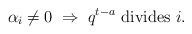
LaTeX: \begin{align*}\alpha_i\not=0\;\Rightarrow\; q^{t-a} \mbox{ divides $i$}.\end{align*}